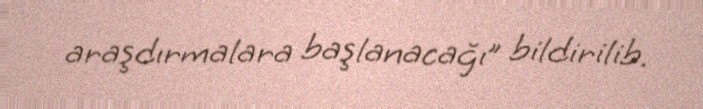
araşdırmalara başlanacağı” bildirilib.